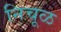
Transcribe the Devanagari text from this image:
निचूळ